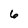
Character: 6